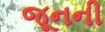
જૂનની